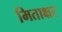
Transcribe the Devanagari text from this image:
मिताक्षर